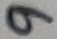
Text: 9